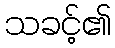
သခင့်၏